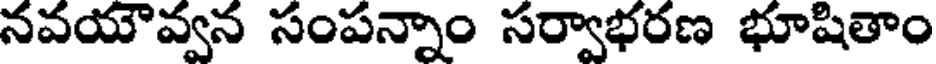
నవయౌవ్వన సంపన్నాం సర్వాభరణ భూషితాం